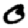
Digit: 0